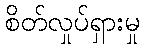
စိတ်လှုပ်ရှားမှု